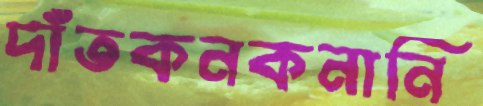
দাঁতকনকনানি